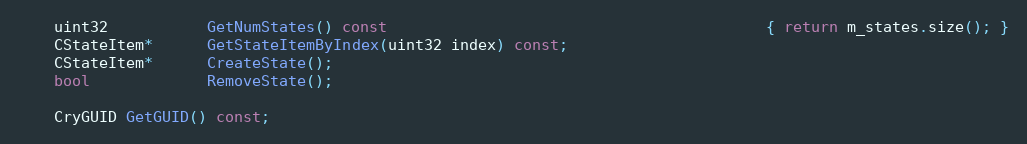
Language: C
	uint32           GetNumStates() const                                          { return m_states.size(); }
	CStateItem*      GetStateItemByIndex(uint32 index) const;
	CStateItem*      CreateState();
	bool             RemoveState();

	CryGUID GetGUID() const;